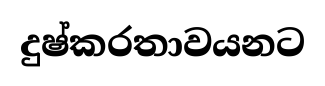
දුෂ්කරතාවයනට